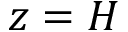
z = H